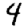
Digit: 4